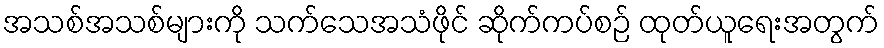
အသစ်အသစ်များကို သက်သေအသံဖိုင် ဆိုက်ကပ်စဉ် ထုတ်ယူရေးအတွက်